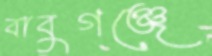
বাবুগঞ্জে